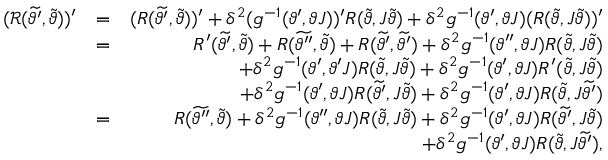
\begin{array} { r l r } { ( \mathcal { R } ( \widetilde { \vartheta ^ { \prime } } , \widetilde { \vartheta } ) ) ^ { \prime } } & { = } & { ( R ( \widetilde { \vartheta ^ { \prime } } , \widetilde { \vartheta } ) ) ^ { \prime } + \delta ^ { 2 } ( g ^ { - 1 } ( \vartheta ^ { \prime } , \vartheta J ) ) ^ { \prime } R ( \widetilde { \vartheta } , J \widetilde { \vartheta } ) + \delta ^ { 2 } g ^ { - 1 } ( \vartheta ^ { \prime } , \vartheta J ) ( R ( \widetilde { \vartheta } , J \widetilde { \vartheta } ) ) ^ { \prime } } \\ & { = } & { R ^ { \prime } ( \widetilde { \vartheta ^ { \prime } } , \widetilde { \vartheta } ) + R ( \widetilde { \vartheta ^ { \prime \prime } } , \widetilde { \vartheta } ) + R ( \widetilde { \vartheta ^ { \prime } } , \widetilde { \vartheta ^ { \prime } } ) + \delta ^ { 2 } g ^ { - 1 } ( \vartheta ^ { \prime \prime } , \vartheta J ) R ( \widetilde { \vartheta } , J \widetilde { \vartheta } ) } \\ & { } & { + \delta ^ { 2 } g ^ { - 1 } ( \vartheta ^ { \prime } , \vartheta ^ { \prime } J ) R ( \widetilde { \vartheta } , J \widetilde { \vartheta } ) + \delta ^ { 2 } g ^ { - 1 } ( \vartheta ^ { \prime } , \vartheta J ) R ^ { \prime } ( \widetilde { \vartheta } , J \widetilde { \vartheta } ) } \\ & { } & { + \delta ^ { 2 } g ^ { - 1 } ( \vartheta ^ { \prime } , \vartheta J ) R ( \widetilde { \vartheta ^ { \prime } } , J \widetilde { \vartheta } ) + \delta ^ { 2 } g ^ { - 1 } ( \vartheta ^ { \prime } , \vartheta J ) R ( \widetilde { \vartheta } , J \widetilde { \vartheta ^ { \prime } } ) } \\ & { = } & { R ( \widetilde { \vartheta ^ { \prime \prime } } , \widetilde { \vartheta } ) + \delta ^ { 2 } g ^ { - 1 } ( \vartheta ^ { \prime \prime } , \vartheta J ) R ( \widetilde { \vartheta } , J \widetilde { \vartheta } ) + \delta ^ { 2 } g ^ { - 1 } ( \vartheta ^ { \prime } , \vartheta J ) R ( \widetilde { \vartheta ^ { \prime } } , J \widetilde { \vartheta } ) } \\ & { } & { + \delta ^ { 2 } g ^ { - 1 } ( \vartheta ^ { \prime } , \vartheta J ) R ( \widetilde { \vartheta } , J \widetilde { \vartheta ^ { \prime } } ) , } \end{array}